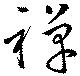
禪